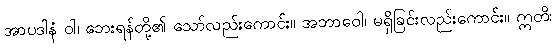
အာပဒါနံ ဝါ၊ ဘေးရန်တို့၏ သော်လည်းကောင်း။ အဘာဝေါ၊ မရှိခြင်းလည်းကောင်း။ ဣတိ၊